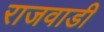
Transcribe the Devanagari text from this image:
राजवाडी